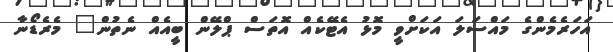
އަހަރެމެންގެ މައްސަލަ އަކަށްވީ މޮޅު އެޓޭކެއް އޮތަސް ޕްލޭން ބީއެއް ނެތުން" މެރެޑޯނާ